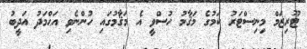
ޓޫރިޒަމް މިނިސްޓަރު ކަމުގެ މަޤާމު ހުސްވީ އެ މަޤާމުގައި ހުންނެވި އަޙްމަދު އަދީބު